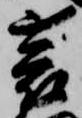
蓑